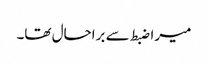
میرا ضبط سے براحال تھا۔